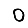
Digit: 0